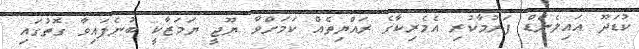
ކުޑަދޫ އައިލެންޑް ފަރުމާކުރި އެމެރިކާގެ ރައްޔިތެއް ކަމަށްވާ ޔޫޖީ ޔަމަޒާކީ ބުނެފައިވާ ގޮތުގައި